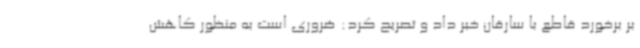
بر برخورد قاطع با سارقان خبر داد و تصریح کرد: ضروری است به منظور کاهش